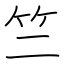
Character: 竺